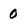
Character: 0